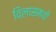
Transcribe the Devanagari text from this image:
विलासमयी